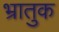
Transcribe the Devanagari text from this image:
भ्रातुक